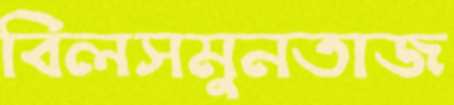
বিলসমুনতাজ